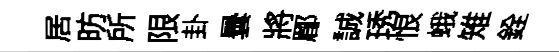
居昉所限卦曇將郿誠琇恨蛾雉銓